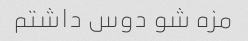
مزه شو دوس داشتم